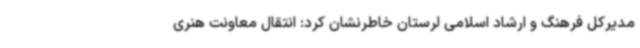
مدیرکل فرهنگ و ارشاد اسلامی لرستان خاطرنشان کرد: انتقال معاونت هنری